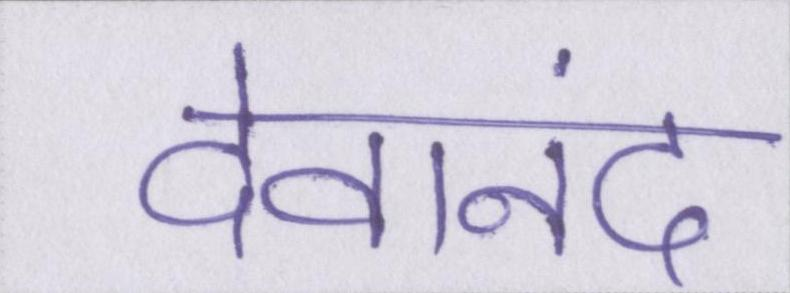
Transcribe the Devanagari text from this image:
देवानंद